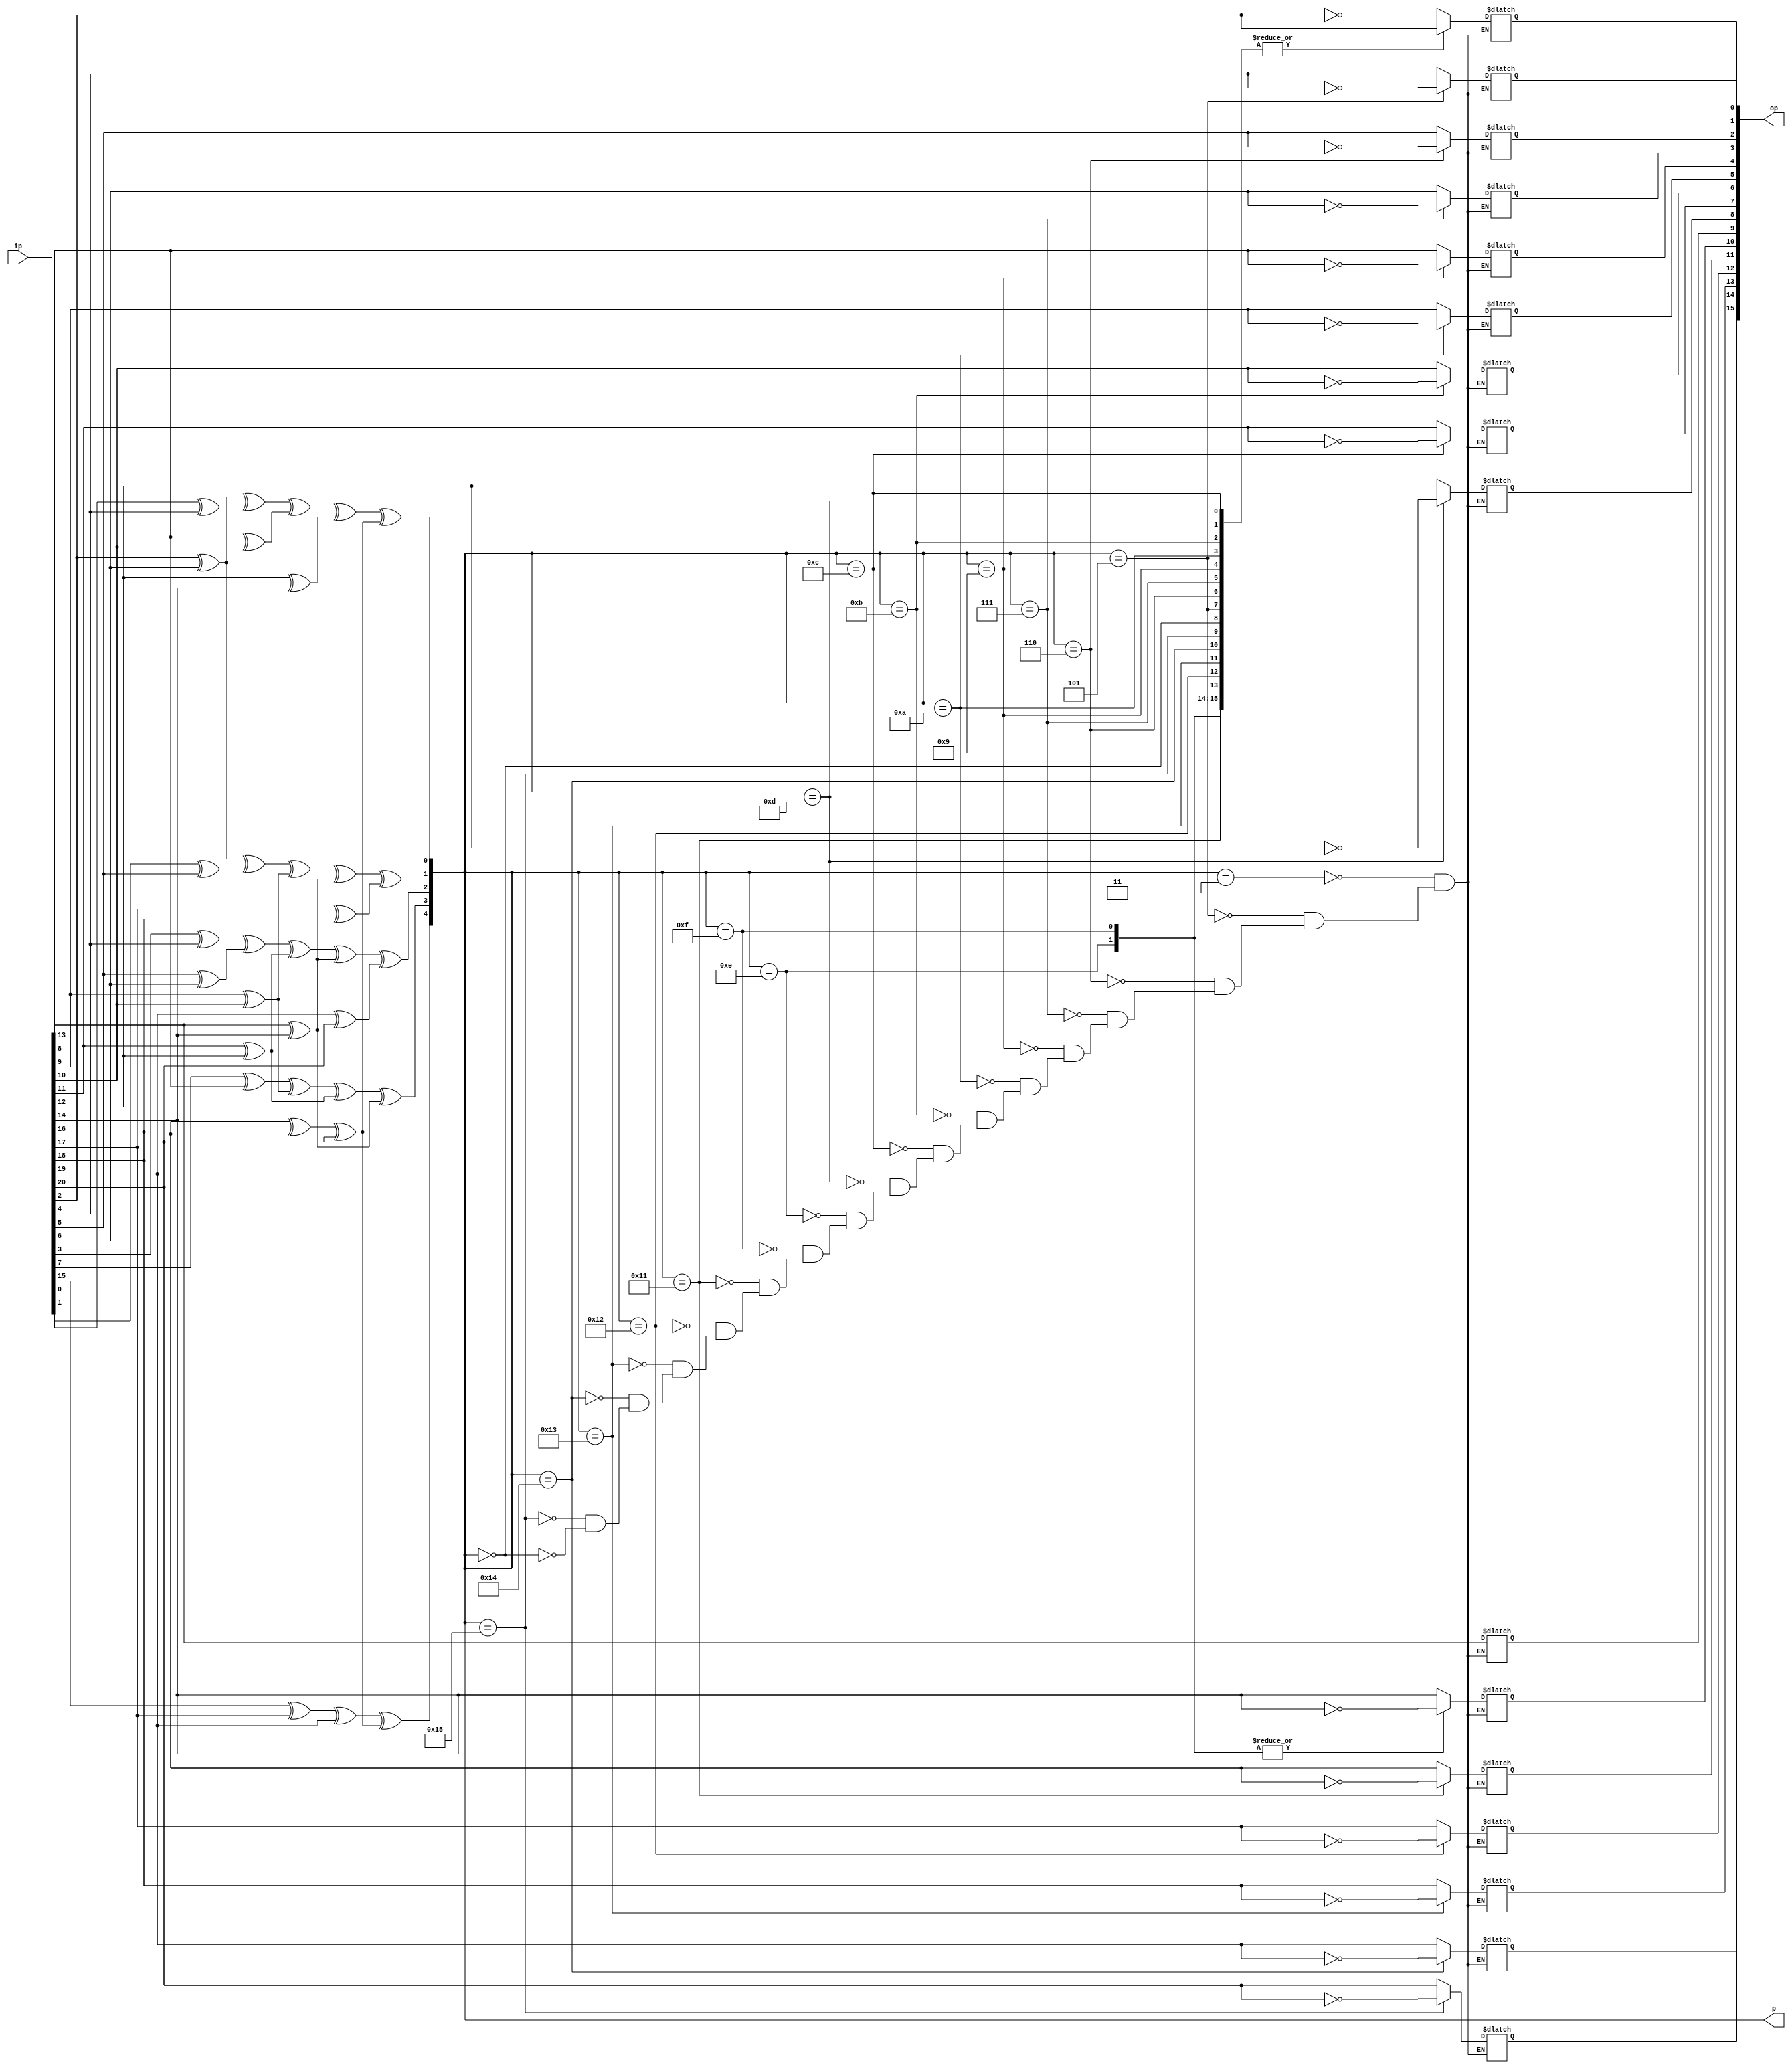
module hamming_decoder_precompute(
	input [20:0] ip,
	output reg [15:0] op,
   output reg [4:0] p
	);
reg [20:0] e;
reg a,b,c,d,q,f,g,h,i,j,k,l,m,n,o,r;

always @(ip) begin
e=ip;

a=e[2]^e[6];//
b=e[3]^e[4];//
c=e[7]^e[8];
d=e[15]^e[17]^e[19];
q=e[0]^e[4];//
f=e[1]^e[5];//
g=e[5]^e[6];//
h=e[9]^e[10];
i=e[8]^e[10];//
j=e[9]^e[10];//
k=e[11]^e[12];//
l=e[16]^e[18]^e[20];
m=e[12]^e[14];
n=e[13]^e[14];//
o=e[17]^e[18];//
r=e[19]^e[20];//

p[0]=a^q^i^m^l;
p[1]=a^f^h^n^o;
p[2]=b^g^k^n^r;
p[3]=c^h^k^n;
p[4]=d^l;
case(p) 

5'd3: begin 
op[0]=~e[2];
op[1]=e[4];
op[2]=e[5];
op[3]=e[6];
op[4]=e[8];
op[5]=e[9];
op[6]=e[10];
op[7]=e[11];
op[8]=e[12];
op[9]=e[13];
op[10]=e[14];
op[11]=e[16];
op[12]=e[17];
op[13]=e[18];
op[14]=e[19];
op[15]=e[20];
end
5'd5: begin
op[0]=e[2];
op[1]=~e[4];
op[2]=e[5];
op[3]=e[6];
op[4]=e[8];
op[5]=e[9];
op[6]=e[10];
op[7]=e[11];
op[8]=e[12];
op[9]=e[13];
op[10]=e[14];
op[11]=e[16];
op[12]=e[17];
op[13]=e[18];
op[14]=e[19];
op[15]=e[20];
end
5'd6: begin
op[0]=e[2];
op[1]=e[4];
op[2]=~e[5];
op[3]=e[6];
op[4]=e[8];
op[5]=e[9];
op[6]=e[10];
op[7]=e[11];
op[8]=e[12];
op[9]=e[13];
op[10]=e[14];
op[11]=e[16];
op[12]=e[17];
op[13]=e[18];
op[14]=e[19];
op[15]=e[20];
end

5'd7: begin
	
op[0]=e[2];
op[1]=e[4];
op[2]=e[5];
op[3]=~e[6];
op[4]=e[8];
op[5]=e[9];
op[6]=e[10];
op[7]=e[11];
op[8]=e[12];
op[9]=e[13];
op[10]=e[14];
op[11]=e[16];
op[12]=e[17];
op[13]=e[18];
op[14]=e[19];
op[15]=e[20];
end

5'd9: begin
	
op[0]=e[2];
op[1]=e[4];
op[2]=e[5];
op[3]=e[6];
op[4]=~e[8];
op[5]=e[9];
op[6]=e[10];
op[7]=e[11];
op[8]=e[12];
op[9]=e[13];
op[10]=e[14];
op[11]=e[16];
op[12]=e[17];
op[13]=e[18];
op[14]=e[19];
op[15]=e[20];
end

5'd10: begin
	
op[0]=e[2];
op[1]=e[4];
op[2]=e[5];
op[3]=e[6];
op[4]=e[8];
op[5]=~e[9];
op[6]=e[10];
op[7]=e[11];
op[8]=e[12];
op[9]=e[13];
op[10]=e[14];
op[11]=e[16];
op[12]=e[17];
op[13]=e[18];
op[14]=e[19];
op[15]=e[20];
end

5'd11: begin
	
op[0]=e[2];
op[1]=e[4];
op[2]=e[5];
op[3]=e[6];
op[4]=e[8];
op[5]=e[9];
op[6]=~e[10];
op[7]=e[11];
op[8]=e[12];
op[9]=e[13];
op[10]=e[14];
op[11]=e[16];
op[12]=e[17];
op[13]=e[18];
op[14]=e[19];
op[15]=e[20];
end

5'd12: begin
	
op[0]=e[2];
op[1]=e[4];
op[2]=e[5];
op[3]=e[6];
op[4]=e[8];
op[5]=e[9];
op[6]=e[10];
op[7]=~e[11];
op[8]=e[12];
op[9]=e[13];
op[10]=e[14];
op[11]=e[16];
op[12]=e[17];
op[13]=e[18];
op[14]=e[19];
op[15]=e[20];
end

5'd13: begin
	
op[0]=e[2];
op[1]=e[4];
op[2]=e[5];
op[3]=e[6];
op[4]=e[8];
op[5]=e[9];
op[6]=e[10];
op[7]=e[11];
op[8]=~e[12];
op[9]=e[13];
op[10]=e[14];
op[11]=e[16];
op[12]=e[17];
op[13]=e[18];
op[14]=e[19];
op[15]=e[20];
end

5'd14: begin
	
op[0]=e[2];
op[1]=e[4];
op[2]=e[5];
op[3]=e[6];
op[4]=e[8];
op[5]=e[9];
op[6]=e[10];
op[7]=e[11];
op[8]=e[12];
op[9]=e[13];
op[10]=~e[14];
op[11]=e[16];
op[12]=e[17];
op[13]=e[18];
op[14]=e[19];
op[15]=e[20];
end

5'd15: begin
	
op[0]=e[2];
op[1]=e[4];
op[2]=e[5];
op[3]=e[6];
op[4]=e[8];
op[5]=e[9];
op[6]=e[10];
op[7]=e[11];
op[8]=e[12];
op[9]=e[13];
op[10]=~e[14];
op[11]=e[16];
op[12]=e[17];
op[13]=e[18];
op[14]=e[19];
op[15]=e[20];
end
5'd17: begin
	
op[0]=e[2];
op[1]=e[4];
op[2]=e[5];
op[3]=e[6];
op[4]=e[8];
op[5]=e[9];
op[6]=e[10];
op[7]=e[11];
op[8]=e[12];
op[9]=e[13];
op[10]=e[14];
op[11]=~e[16];
op[12]=e[17];
op[13]=e[18];
op[14]=e[19];
op[15]=e[20];
end

5'd18: begin
	
op[0]=e[2];
op[1]=e[4];
op[2]=e[5];
op[3]=e[6];
op[4]=e[8];
op[5]=e[9];
op[6]=e[10];
op[7]=e[11];
op[8]=e[12];
op[9]=e[13];
op[10]=e[14];
op[11]=e[16];
op[12]=~e[17];
op[13]=e[18];
op[14]=e[19];
op[15]=e[20];
end

5'd19: begin
	
op[0]=e[2];
op[1]=e[4];
op[2]=e[5];
op[3]=e[6];
op[4]=e[8];
op[5]=e[9];
op[6]=e[10];
op[7]=e[11];
op[8]=e[12];
op[9]=e[13];
op[10]=e[14];
op[11]=e[16];
op[12]=e[17];
op[13]=~e[18];
op[14]=e[19];
op[15]=e[20];
end

5'd20: begin
	
op[0]=e[2];
op[1]=e[4];
op[2]=e[5];
op[3]=e[6];
op[4]=e[8];
op[5]=e[9];
op[6]=e[10];
op[7]=e[11];
op[8]=e[12];
op[9]=e[13];
op[10]=e[14];
op[11]=e[16];
op[12]=e[17];
op[13]=e[18];
op[14]=~e[19];
op[15]=e[20];
end

5'd21: begin
	
op[0]=e[2];
op[1]=e[4];
op[2]=e[5];
op[3]=e[6];
op[4]=e[8];
op[5]=e[9];
op[6]=e[10];
op[7]=e[11];
op[8]=e[12];
op[9]=e[13];
op[10]=e[14];
op[11]=e[16];
op[12]=e[17];
op[13]=e[18];
op[14]=e[19];
op[15]=~e[20];
end

5'd0: begin
op[0]=e[2];
op[1]=e[4];
op[2]=e[5];
op[3]=e[6];
op[4]=e[8];
op[5]=e[9];
op[6]=e[10];
op[7]=e[11];
op[8]=e[12];
op[9]=e[13];
op[10]=e[14];
op[11]=e[16];
op[12]=e[17];
op[13]=e[18];
op[14]=e[19];
op[15]=e[20];
end

endcase
end
endmodule
//010100111100001101100